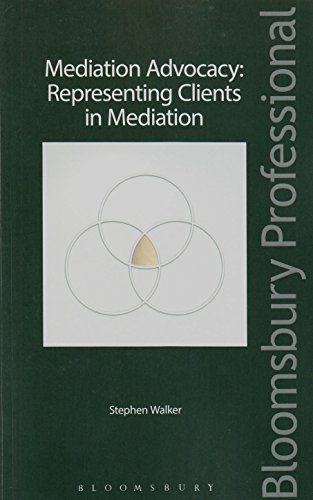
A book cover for Mediation Advocacy: Representing Clients in Mediation; Stephen Walker; Business & Money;